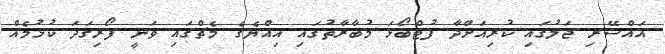
އައްސޭރި ޖަލުގައި ކުރިއަށްދާ ފުޓްބޯޅަ މުބާރާތުގައި އިއްޔެގެ މެޗްގައި ވަނީ ފޯރިގަދަ ކުޅުމެއް